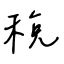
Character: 稅